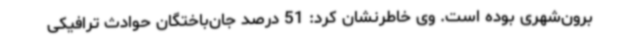
برون‌شهری بوده است. وی خاطرنشان کرد: 51 درصد جان‌باختگان حوادث ترافیکی